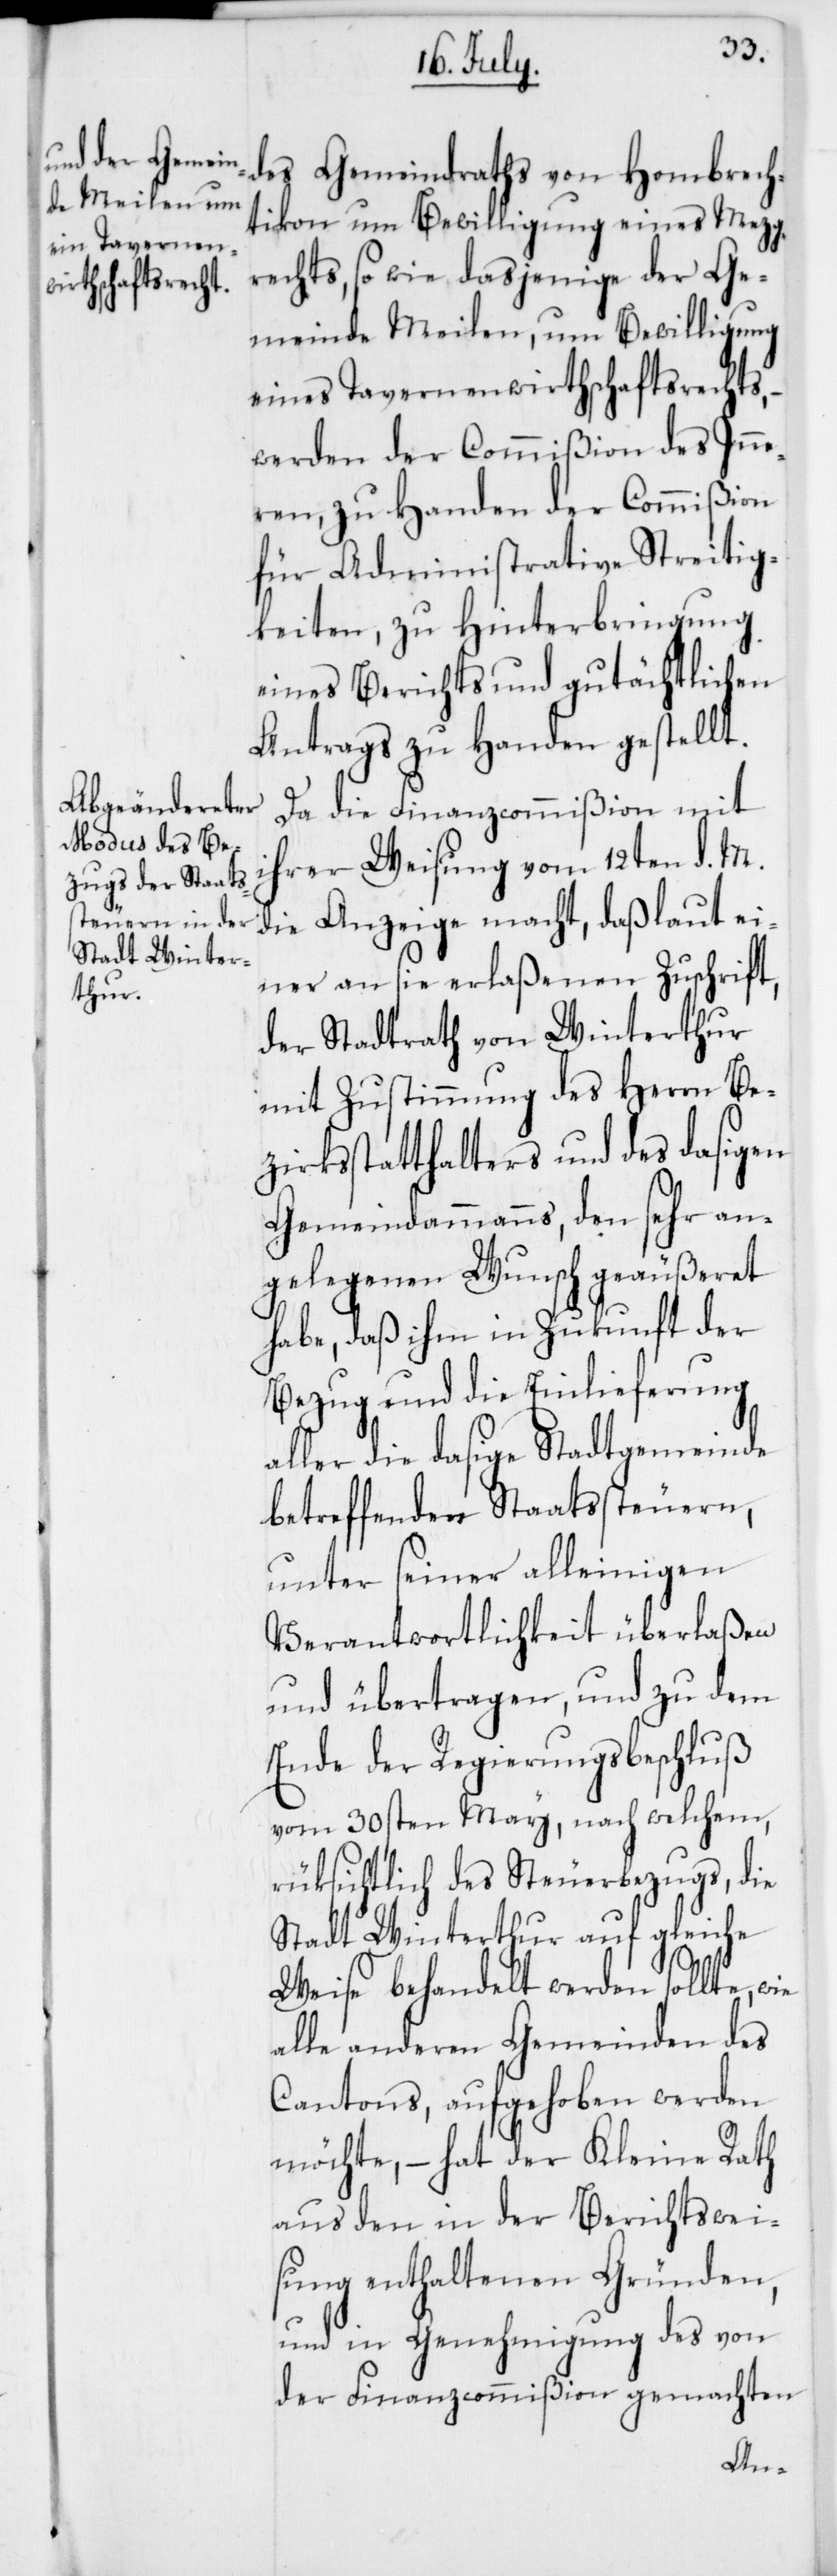
des Gemeindraths von Hombrech¬
tikon um Bewilligung eines Mezg¬
rechts, so wie dasjenige der Ge¬
meinde Meilen um Bewilligung
eines Tavernenwirthschaftsrechts, –
werden der Commißion des Inne¬
ren, zu Handen der Commißion
für Administrative Streitig¬
keiten, zu Hinterbringung
eines Berichts und gutächtlichen
Antrags zu Handen gestellt.
Da die Finanzcommißion mit
ihrer Weisung vom 12ten d. M.
die Anzeige macht, daß laut ei¬
ner an sie erlaßenen Zuschrift,
der Stadtrath von Winterthur
mit Zustimmung des Herrn Be¬
zirksstatthalters und des dasigen
Gemeindammanns, den sehr an¬
gelegenen Wunsch geäußeret
habe, daß ihm in Zukunft der
Bezug und die Einlieferung
aller die dasige Stadtgemeinde
betreffenden Staatssteuern,
unter seiner alleinigen
Verantwortlichkeit überlaßen
und übertragen, und zu dem
Ende der Regierungsbeschluß
vom 30sten May, nach welchem,
rüksichtlich des Steuerbezugs, die
Stadt Winterthur auf gleiche
Weise behandelt werden sollte, wie
alle anderen Gemeinden des
Cantons, aufgehoben werden
möchte, – hat der Kleine Rath
aus den in der Berichtswei¬
sung enthaltenen Gründen,
und in Genehmigung des von
der Finanzcommißion gemachten